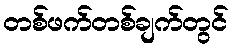
တစ်ဖက်တစ်ချက်တွင်